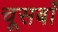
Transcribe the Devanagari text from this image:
चूसबाँ